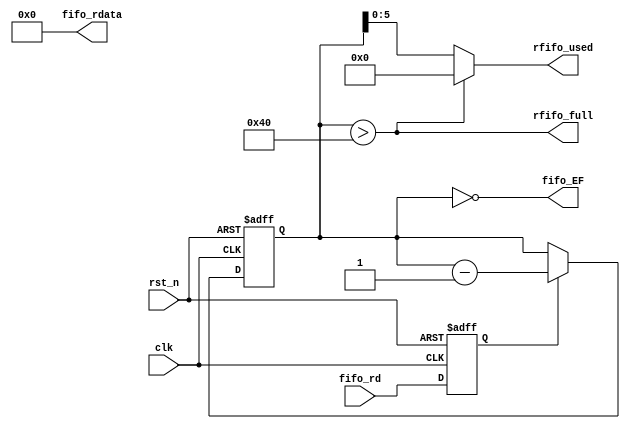
module niosII_system_jtag_uart_0_sim_scfifo_r (
                                                 clk,
                                                 fifo_rd,
                                                 rst_n,
                                                 fifo_EF,
                                                 fifo_rdata,
                                                 rfifo_full,
                                                 rfifo_used
                                              )
;
  output           fifo_EF;
  output  [  7: 0] fifo_rdata;
  output           rfifo_full;
  output  [  5: 0] rfifo_used;
  input            clk;
  input            fifo_rd;
  input            rst_n;
  reg     [ 31: 0] bytes_left;
  wire             fifo_EF;
  reg              fifo_rd_d;
  wire    [  7: 0] fifo_rdata;
  wire             new_rom;
  wire    [ 31: 0] num_bytes;
  wire    [  6: 0] rfifo_entries;
  wire             rfifo_full;
  wire    [  5: 0] rfifo_used;
  always @(posedge clk or negedge rst_n)
    begin
      if (rst_n == 0)
        begin
          bytes_left <= 32'h0;
          fifo_rd_d <= 1'b0;
        end
      else 
        begin
          fifo_rd_d <= fifo_rd;
          if (fifo_rd_d)
              bytes_left <= bytes_left - 1'b1;
          if (new_rom)
              bytes_left <= num_bytes;
        end
    end
  assign fifo_EF = bytes_left == 32'b0;
  assign rfifo_full = bytes_left > 7'h40;
  assign rfifo_entries = (rfifo_full) ? 7'h40 : bytes_left;
  assign rfifo_used = rfifo_entries[5 : 0];
  assign new_rom = 1'b0;
  assign num_bytes = 32'b0;
  assign fifo_rdata = 8'b0;
endmodule